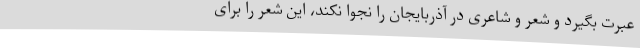
عبرت بگیرد و شعر و شاعری در آذربایجان را نجوا نکند، این شعر را برای